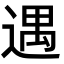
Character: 遇